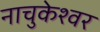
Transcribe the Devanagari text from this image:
नाचुकेश्वर